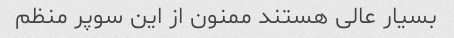
بسیار عالی هستند ممنون از این سوپر منظم